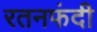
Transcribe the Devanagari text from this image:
रतनफंदी